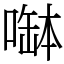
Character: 𠼭